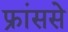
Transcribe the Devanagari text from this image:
फ्रांससे